Report on certain features of malaria in the island of Salsette
Disease focus: Malaria
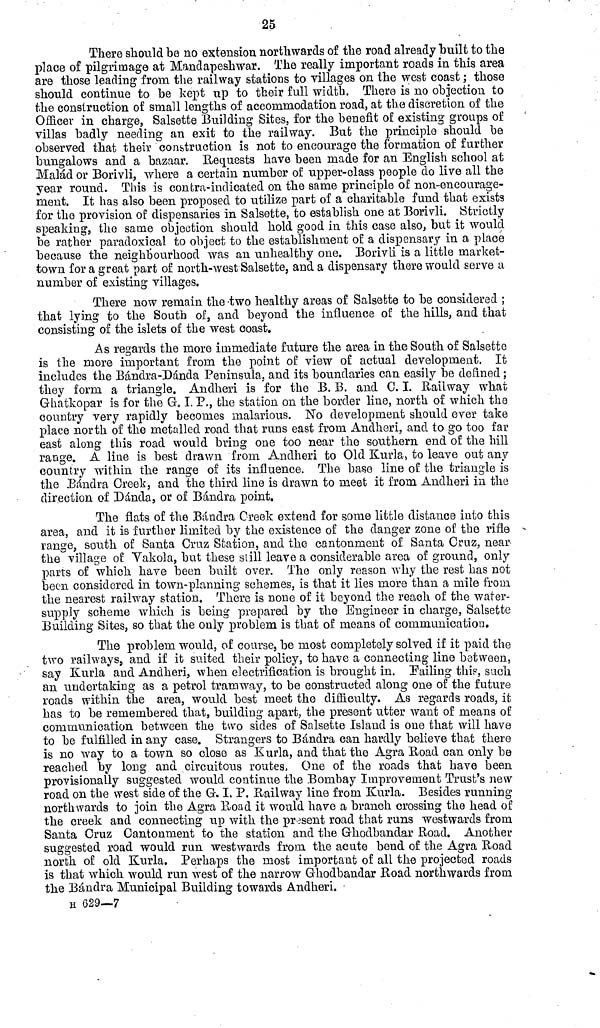
25
There should be no extension northwards of the road already built to the
place of pilgrimage at Mandapeshwar. The really important roads in this area
are those leading from the railway stations to villages on the west coast ; those
should continue to be kept up to their full width. There is no objection to
the construction of small lengths of accommodation road, at the discretion of the
Officer in charge, Salsette Building Sites, for the benefit of existing groups of
villas badly needing an exit to the railway. But the principle should be
observed that their construction is not to encourage the formation of further
bungalows and a bazaar. Requests have been made for an English school at
Malád or Borivli, where a certain number of upper-class people do live all the
year round. This is contra-indicated on the same principle of non-encourage-
ment. It has also been proposed to utilize part of a charitable fund that exists
for the provision of dispensaries in Salsette, to establish one at Borivli. Strictly
speaking, the same objection should hold good in this case also, but it would
be rather paradoxical to object to the establishment of a dispensary in a place
because the neighbourhood was an unhealthy one. Borivli is a little market-
town for a great part of north-west Salsette, and a dispensary there would serve a
number of existing villages.
There now remain the two healthy areas of Salsette to be considered ;
that lying to the South of, and beyond the influence of the hills, and that
consisting of the islets of the west coast.
As regards the more immediate future the area in the South of Salsette
is the more important from the point of view of actual development. It
includes the Bándra-Dánda Peninsula, and its boundaries can easily be denned ;
they form a triangle. Andheri is for the B. B. and C. I. Railway what
Ghatkopar is for the G.I. P., the station on the border line, north of which the
country very rapidly becomes malarious. No development should ever take
place north of the metalled road that runs east from Andheri, and to go too far
east along this road would bring one too near the southern end of the hill
range. A line is best drawn from. Andheri to Old Kurla, to leave out any
country within the range of its influence. The base line of the triangle is
the Bándra Creek, and the third line is drawn to meet it from Andheri in the
direction of D anda, or of Bándra point.
The flats of the Bandra Creek extend for some little distance into this
area, and it is further limited by the existence of the danger zone of the rifle -
range, south of Santa Cruz Station, and the cantonment of Santa Cruz, near-
the village of Vakola, but these still leave a considerable area of ground, only
parts of which have been built over. The only reason why the rest has not
been considered in town-planning schemes, is that it lies more than a mile from,
the nearest railway station. There is none of it beyond the reach of the water-
supply scheme which is being prepared by the Engineer in charge, Salsette
Building Sites, so that the only problem is that of means of communication.
The problem would, of course, be most completely solved if it paid the
two railways, and if it suited their policy, to have a connecting line between,
say Kurla and Andheri, when electrification is brought in. Failing this, such.
an undertaking as a petrol tramway, to be constructed along one of the future
roads within the area, would best meet the difficulty. As regards roads, it
has to be remembered that, building apart, the present utter want of means of
communication between the two sides of Salsette Island is one that will have
to be fulfilled in any case. Strangers to Bándra can hardly believe that there
is no way to a town so close as Kurla, and that the Agra Road can only be
reached by long and circuitous routes, One of the roads that have been
provisionally suggested would continue the Bombay Improvement Trust's new
road on the west side of the G. I. P. Railway line from Kurla. Besides running
northwards to join the Agra Road it would have a branch crossing the head of
the creek and connecting up with the present road that runs westwards from
Santa Cruz Cantonment to the station and the Ghodbandar Road. Another
suggested road would run westwards from the acute bend of the Agra Road
north of old Kurla. Perhaps the most important of all the projected roads
is that which would run west of the narrow Ghodbandar Road northwards from
the Bándra Municipal Building towards Andheri,
H 629—7